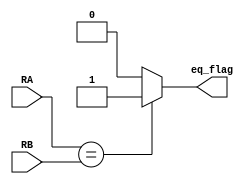
module comparator(RA,RB,eq_flag);
input [15:0] RA,RB;
output reg eq_flag;
always @(RA,RB)
begin
if(RA==RB)
eq_flag=1'b1;
else
eq_flag=1'b0;
end
endmodule